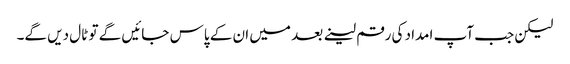
لیکن جب آپ امداد کی رقم لینے بعد میں ان کے پاس جائیں گے تو ٹال دیں گے۔